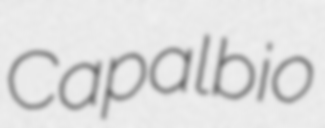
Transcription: Capalbio